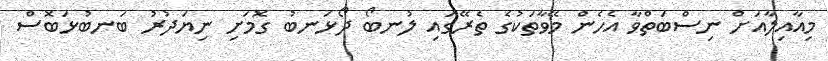
މިއާއިލާއަށް ނިސްބަތްވާ އެހެން މޭވާތަކުގެ ތެރޭގައި ލުނބޯ ދޯޅަނބު ގޮމަށި ނިޔަދުރު ބަނބުޅަބޮސް